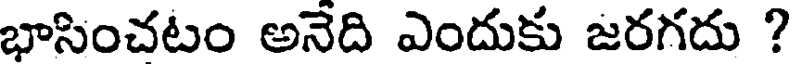
భాసించటం అనేది ఎందుకు జరగదు ?